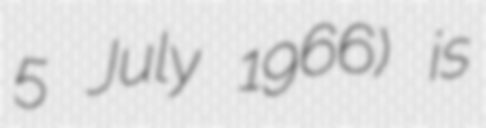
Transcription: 5 July 1966) is